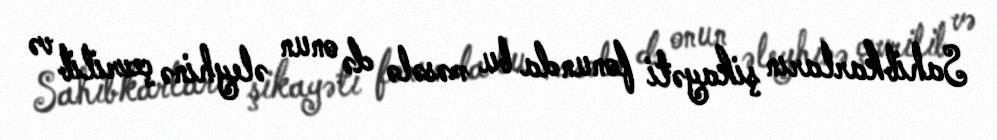
Sahibkarların şikayəti fonunda bu məsələ də onun əleyhinə çevrilib və